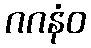
ဂဂနံဝ